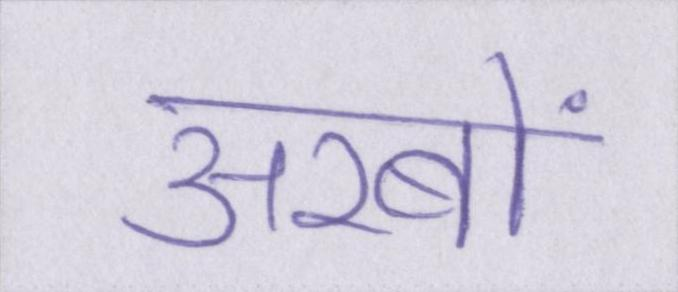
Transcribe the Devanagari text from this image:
अरबों